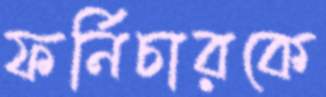
ফর্নিচারকে